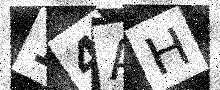
Text: 14AH